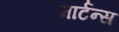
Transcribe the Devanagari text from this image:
मार्टन्स